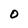
Character: O